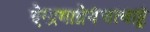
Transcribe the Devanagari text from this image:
ऐन्द्रमाग्नेयंचत्वाष्ट्रं